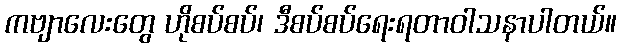
ကဗျာလေးတွေ ဟိုစပ်စပ်၊ ဒီစပ်စပ်ရေးရတာဝါသနာပါတယ်။